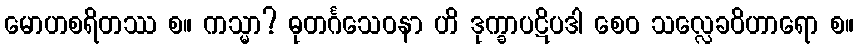
မောဟစရိတဿ စ။ ကသ္မာ? ဓုတင်္ဂသေဝနာ ဟိ ဒုက္ခာပဋိပဒါ စေဝ သလ္လေခဝိဟာရော စ။